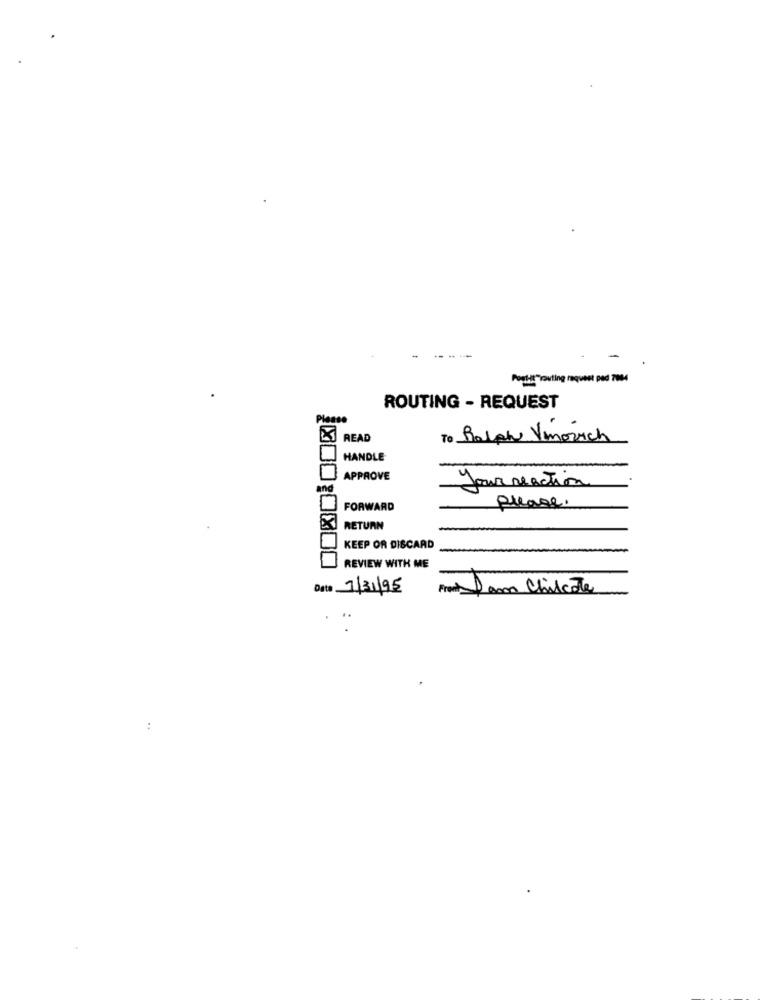
Post-it"routing request pad 7004
ROUTING - REQUEST
READ
To Ralph Vmovich
HANDLE
APPROVE
your reaction
FORWARD
Please.
RETURN
KEEP OR DISCARD
-
10:0800
REVIEW WITH ME
Date 7/31/95
Front Dam Chilcote
..